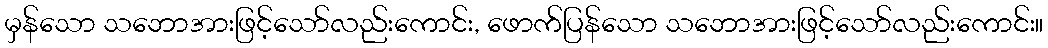
မှန်သော သဘောအားဖြင့်သော်လည်းကောင်း, ဖောက်ပြန်သော သဘောအားဖြင့်သော်လည်းကောင်း။